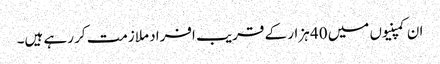
ان کمپنیوں میں 40 ہزار کے قریب افراد ملازمت کر رہے ہیں۔